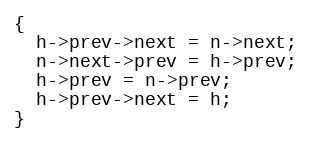
Language: C
{
  h->prev->next = n->next;
  n->next->prev = h->prev;
  h->prev = n->prev;
  h->prev->next = h;
}